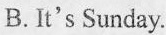
B.It's Sunday.